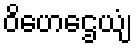
ဝိဟေဌေယျံ